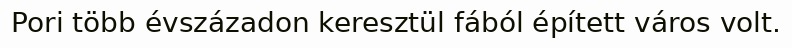
Pori több évszázadon keresztül fából épített város volt.